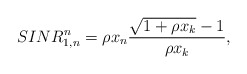
\begin{align*}SINR^n_{1,n} &= \rho x_n \frac{\sqrt{1+\rho x_k} -1}{\rho x_k},\end{align*}